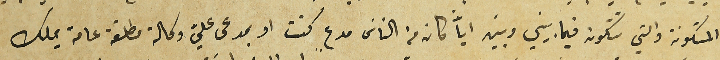
المتكونة والتي تتكون فيما بيني وبين ايآً كان من الناسَ مدعٍ كنت او بمدعى عليّ وكالة مطلقة عامة يملك